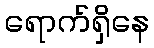
ရောက်ရှိနေ